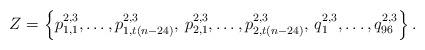
LaTeX: \begin{align*}Z = \left\{p_{1,1}^{2,3}, \dots, p_{1,t(n-24)}^{2,3}, \, p_{2,1}^{2,3}, \dots, p_{2,t(n-24)}^{2,3}, \, q_1^{2,3}, \dots, q_{96}^{2,3}\right\}. \end{align*}